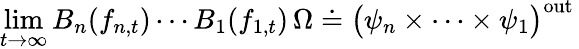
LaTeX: \operatorname*{lim}_{t\rightarrow\infty}B_{n}(f_{n,t})\cdots B_{1}(f_{1,t})\, \Omega\doteq\big(\psi_{n}\times\cdots\times\psi_{1}\big)^{\mathrm{out}}\,